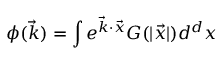
\phi ( \vec { k } ) = \int e ^ { \vec { k } \cdot \vec { x } } G ( | \vec { x } | ) d ^ { d } x